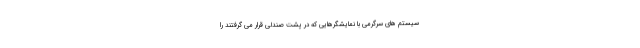
سیستم های سرگرمی با نمایشگرهایی که در پشت صندلی قرار می گرفتند را